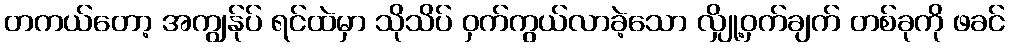
တကယ်တော့ အကျွန်ုပ် ရင်ထဲမှာ သိုသိပ် ဝှက်ကွယ်လာခဲ့သော လျှို့ဝှက်ချက် တစ်ခုကို ဖခင်